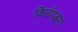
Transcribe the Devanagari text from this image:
किडंपड्या